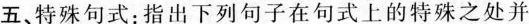
五、特殊句式：指出下列句子在句式上的特殊之处并